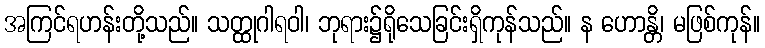
အကြင်ရဟန်းတို့သည်။ သတ္ထုဂါရဝါ၊ ဘုရား၌ရိုသေခြင်းရှိကုန်သည်။ န ဟောန္တိ၊ မဖြစ်ကုန်။